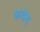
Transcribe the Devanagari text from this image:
कडेच्